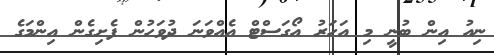
ނިއު އިން ބުނީ މި އަހަރު އޯގަސްޓް އެއްވަނަ ދުވަހުން ފެށިގެން އިންމަގެ